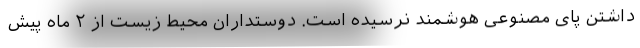
داشتن پای مصنوعی هوشمند نرسیده است. دوستداران محیط زیست از ۲ ماه پیش